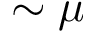
\sim \mu